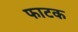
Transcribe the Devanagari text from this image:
फाटक